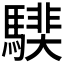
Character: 𩥰